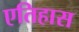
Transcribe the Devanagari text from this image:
एतिहास